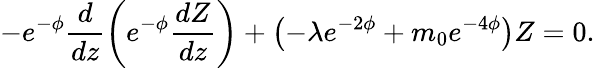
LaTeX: -e^{-\phi}\frac{d}{dz}\left(e^{-\phi}\frac{dZ}{dz}\right)+\left(-\lambda e^{-2\phi}+m_{0}e^{-4\phi}\right)Z=0.